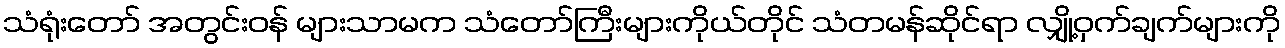
သံရုံးတော် အတွင်းဝန် များသာမက သံတော်ကြီးများကိုယ်တိုင် သံတမန်ဆိုင်ရာ လျှို့ဝှက်ချက်များကို